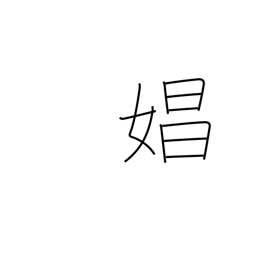
Meaning: prostitute